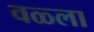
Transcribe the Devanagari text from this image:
वळ्ला